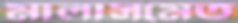
মালাসমেত